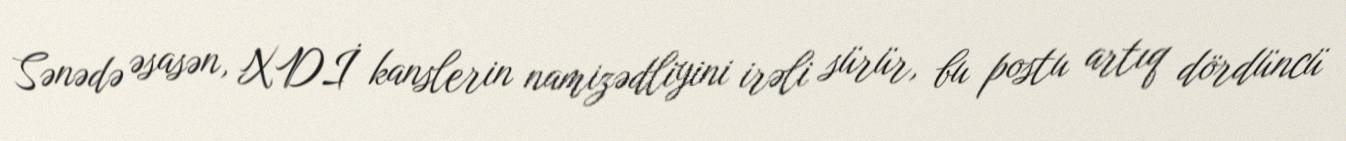
Sənədə əsasən, XDİ kanslerin namizədliyini irəli sürür, bu postu artıq dördüncü